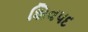
શિવપદ